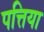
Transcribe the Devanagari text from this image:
पत्तिया